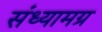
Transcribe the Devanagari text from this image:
संध्यामग्र